Riigikantselei, lk 53
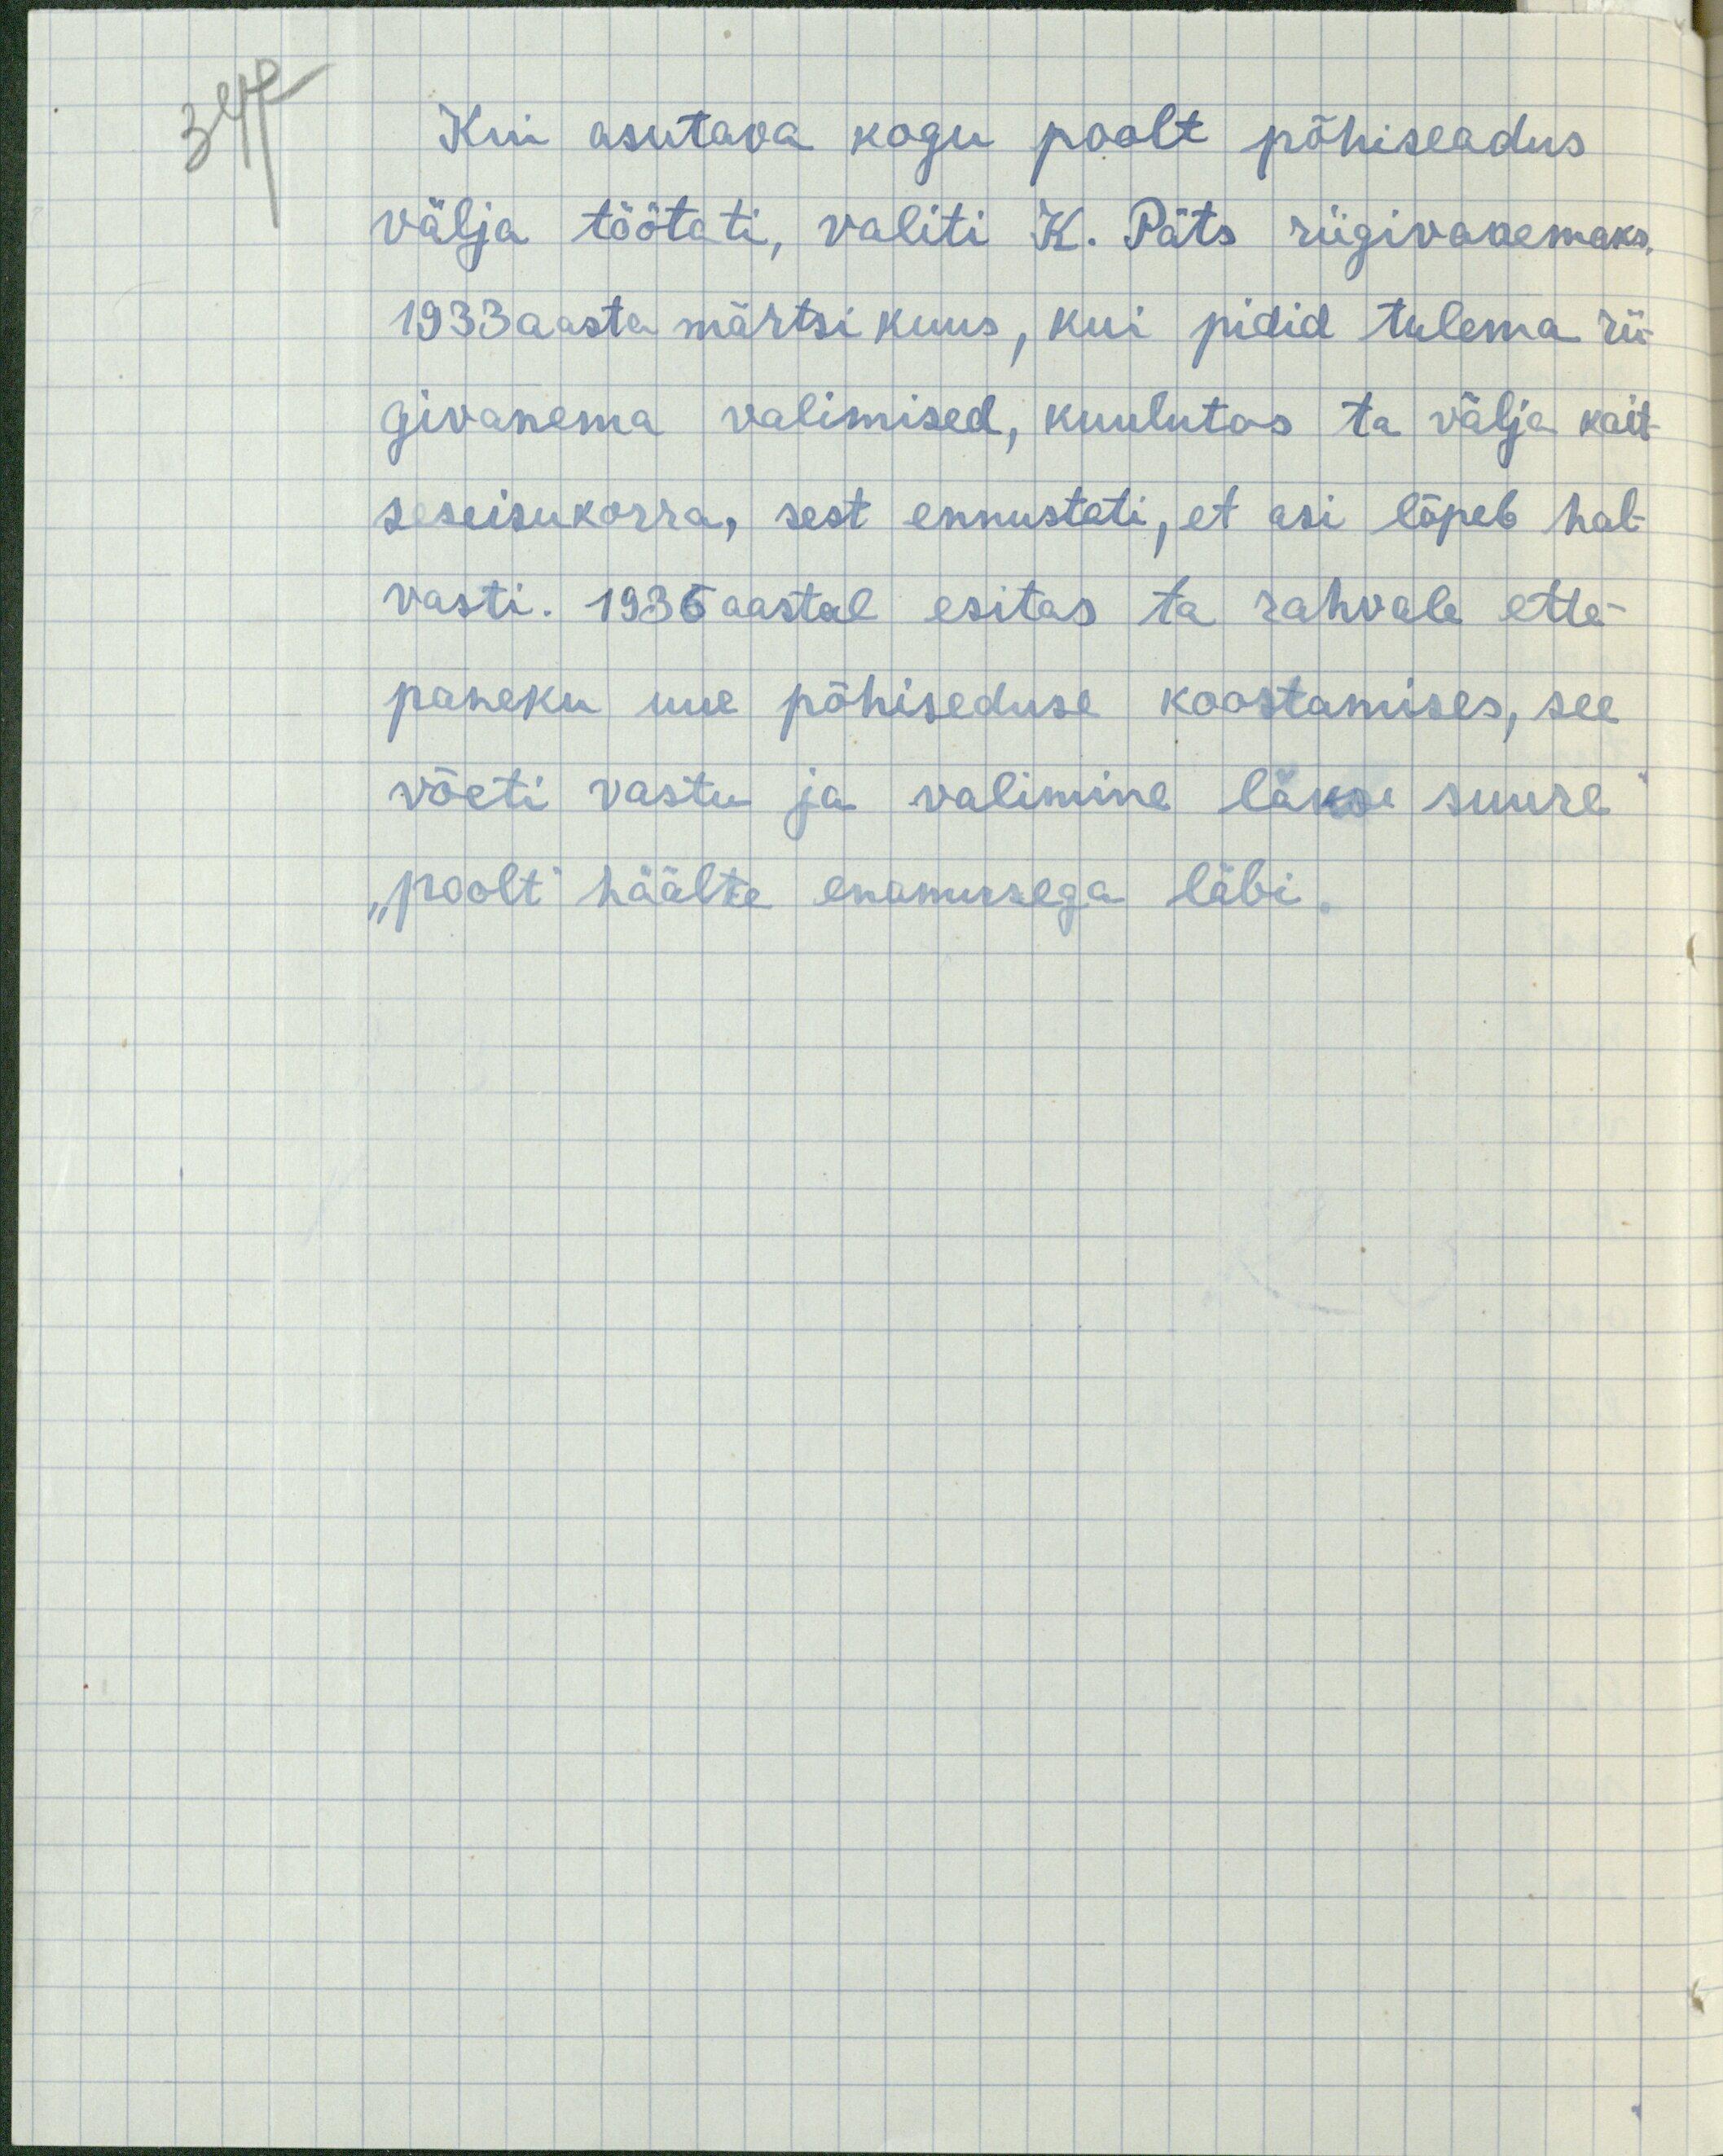
34 p

Kui asutava kogu poolt põhiseadus
välja töötati, valiti K. Päts riigivanemaks.
1933 aasta märtsi kuus, kui pidid tulema rii-
givanema valimised, kuulutas ta välja kait-
seseisukorra, sest ennustati, et asi lõpeb hal-
vasti. 1936 aastal esitas ta rahvale ette-
paneku uue põhiseduse koostamises, see
võeti vastu ja valimine läks suure
"poolt" häälte enamusega läbi.